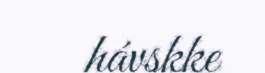
hávskke